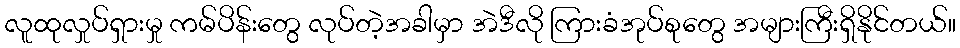
လူထုလှုပ်ရှားမှု ကမ်ပိန်းတွေ လုပ်တဲ့အခါမှာ အဲဒီလို ကြားခံအုပ်စုတွေ အများကြီးရှိနိုင်တယ်။